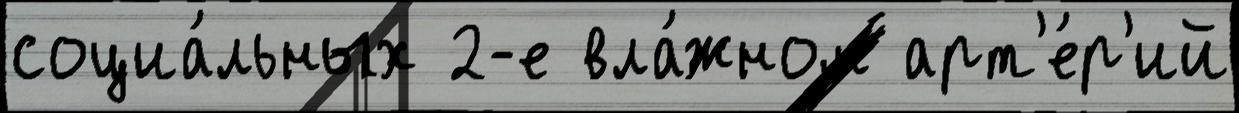
социа́льных 2-е вла́жном арт'е́р'ий